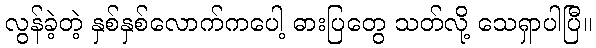
လွန်ခဲ့တဲ့ နှစ်နှစ်လောက်ကပေါ့ ဓားပြတွေ သတ်လို့ သေရှာပါပြီ။